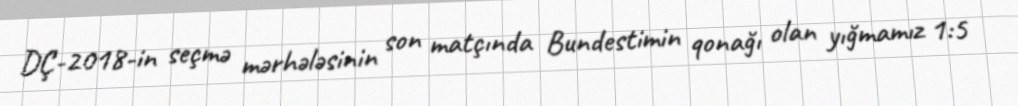
DÇ-2018-in seçmə mərhələsinin son matçında Bundestimin qonağı olan yığmamız 1:5